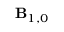
\mathbf { B } _ { 1 , 0 }